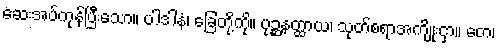
ဆေးအပ်ကုန်ပြီးသော။ ပါဒါနံ၊ ခြေတို့ကို။ ပုဉ္ဆနတ္ထာယ၊ သုတ်စရာအကျိုးငှာ။ တေ၊